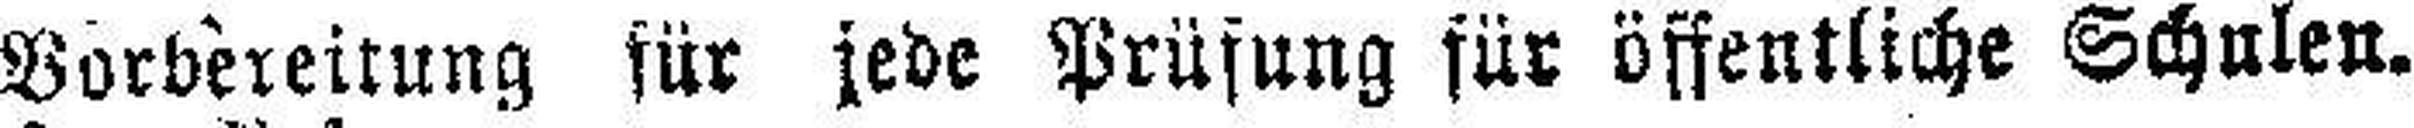
Vorbereitung für jede Prüfung für öffentliche Schulen.